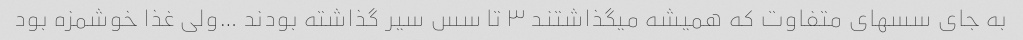
به جای سسهای متفاوت که همیشه میگذاشتند ۳ تا سس سیر گذاشته بودند …ولی غذا خوشمزه بود